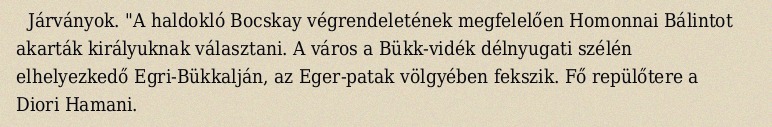
Járványok. "A haldokló Bocskay végrendeletének megfelelően Homonnai Bálintot akarták királyuknak választani. A város a Bükk-vidék délnyugati szélén elhelyezkedő Egri-Bükkalján, az Eger-patak völgyében fekszik. Fő repülőtere a Diori Hamani.